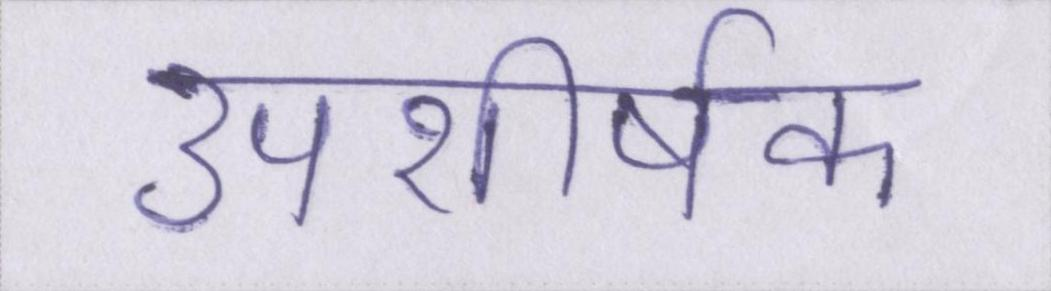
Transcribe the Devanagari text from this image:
उपशीर्षक